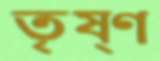
তৃষ্ণ